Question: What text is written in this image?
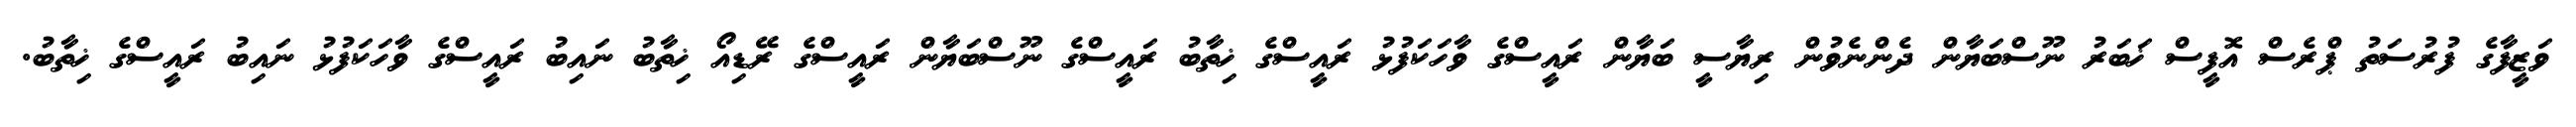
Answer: ވަޒީފާގެ ފުރުސަތު ޕްރެސް އޮފީސް ޚަބަރު ނޫސްބަޔާން ދެންނެވުން ރިޔާސީ ބަޔާން ރައީސްގެ ވާހަކަފުޅު ރައީސްގެ ޚިތާބު ރައީސްގެ ނޫސްބަޔާން ރައީސްގެ ރޭޑިއޯ ޚިތާބު ނައިބު ރައީސްގެ ވާހަކަފުޅު ނައިބު ރައީސްގެ ޚިތާބު.